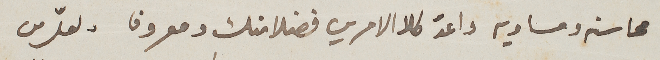
محاسنه ومساويه واعدّ كلا الامرين فضلا منك ومعروف ولعلّ من